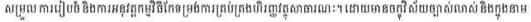
សម្រួល ការរៀបចំ និងការអនុវត្តកម្មវិធីកែទម្រង់ការគ្រប់គ្រងហិរញ្ញវត្ថុសាធារណៈ។ ដោយមានចក្ខុវិស័យច្បាស់លាស់ និងក្នុងនាម